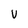
Character: v